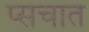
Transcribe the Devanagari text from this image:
प्सचात